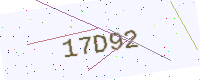
Text: 17D92